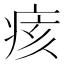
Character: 痎